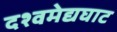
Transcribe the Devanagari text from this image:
दश्‍वमेद्यघाट